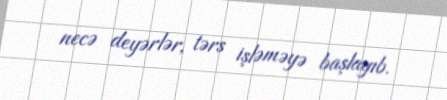
necə deyərlər, tərs işləməyə başlayıb.